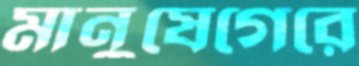
মানুষেগেরে